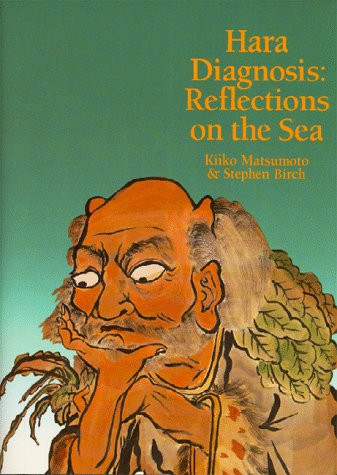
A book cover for Hara Diagnosis: Reflections on the Sun (Paradigm title); Kiiko Matsumoto; Health, Fitness & Dieting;